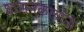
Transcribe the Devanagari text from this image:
शासनकर्त्यांनी